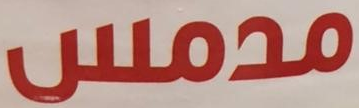
مدمس